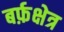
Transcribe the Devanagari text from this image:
बर्फ़क्षेत्र